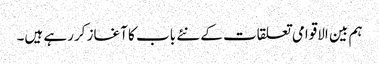
ہم بین الاقوامی تعلقات کے نئے باب کا آغاز کررہے ہیں۔